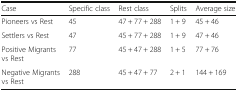
<table><thead><tr><td><b>Case</b></td><td><b>Specific class</b></td><td><b>Rest class</b></td><td><b>Splits</b></td><td><b>Average size</b></td></tr></thead><tbody><tr><td>Pioneers vs Rest</td><td>45</td><td>47 + 77 + 288</td><td>1 + 9</td><td>45 + 46</td></tr><tr><td>Settlers vs Rest</td><td>47</td><td>45 + 77 + 288</td><td>1 + 9</td><td>47 + 46</td></tr><tr><td>Positive Migrants vs Rest</td><td>77</td><td>45 + 47 + 288</td><td>1 + 5</td><td>77 + 76</td></tr><tr><td>Negative Migrants vs Rest</td><td>288</td><td>45 + 47 + 77</td><td>2 + 1</td><td>144 + 169</td></tr></tbody></table>